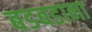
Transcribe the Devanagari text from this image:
बडबडाना